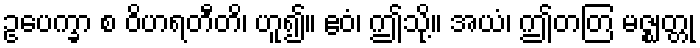
ဥပေက္ခာ စ ဝိဟရတီတိ၊ ဟူ၍။ ဧဝံ၊ ဤသို့။ အယံ၊ ဤတတြ မဇ္ဈတ္တု